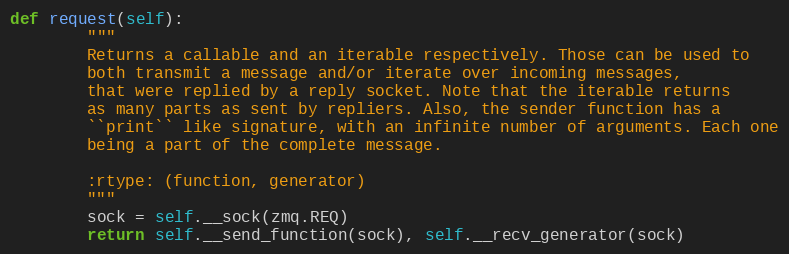
Language: Python
def request(self):
        """
        Returns a callable and an iterable respectively. Those can be used to
        both transmit a message and/or iterate over incoming messages,
        that were replied by a reply socket. Note that the iterable returns
        as many parts as sent by repliers. Also, the sender function has a
        ``print`` like signature, with an infinite number of arguments. Each one
        being a part of the complete message.

        :rtype: (function, generator)
        """
        sock = self.__sock(zmq.REQ)
        return self.__send_function(sock), self.__recv_generator(sock)